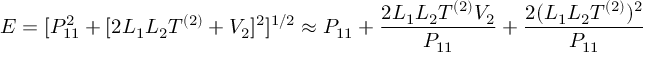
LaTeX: E = [ P _ { 1 1 } ^ { 2 } + [ 2 L _ { 1 } L _ { 2 } T ^ { ( 2 ) } + V _ { 2 } ] ^ { 2 } ] ^ { 1 / 2 } \approx P _ { 1 1 } + \frac { 2 L _ { 1 } L _ { 2 } T ^ { ( 2 ) } V _ { 2 } } { P _ { 1 1 } } + { \frac { 2 ( L _ { 1 } L _ { 2 } T ^ { ( 2 ) } ) ^ { 2 } } { P _ { 1 1 } } }